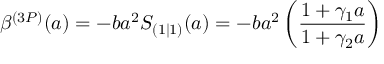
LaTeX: \beta ^ { ( 3 P ) } ( a ) = - b a ^ { 2 } S _ { ( 1 | 1 ) } ( a ) = - b a ^ { 2 } \left( \frac { 1 + \gamma _ { 1 } a } { 1 + \gamma _ { 2 } a } \right)